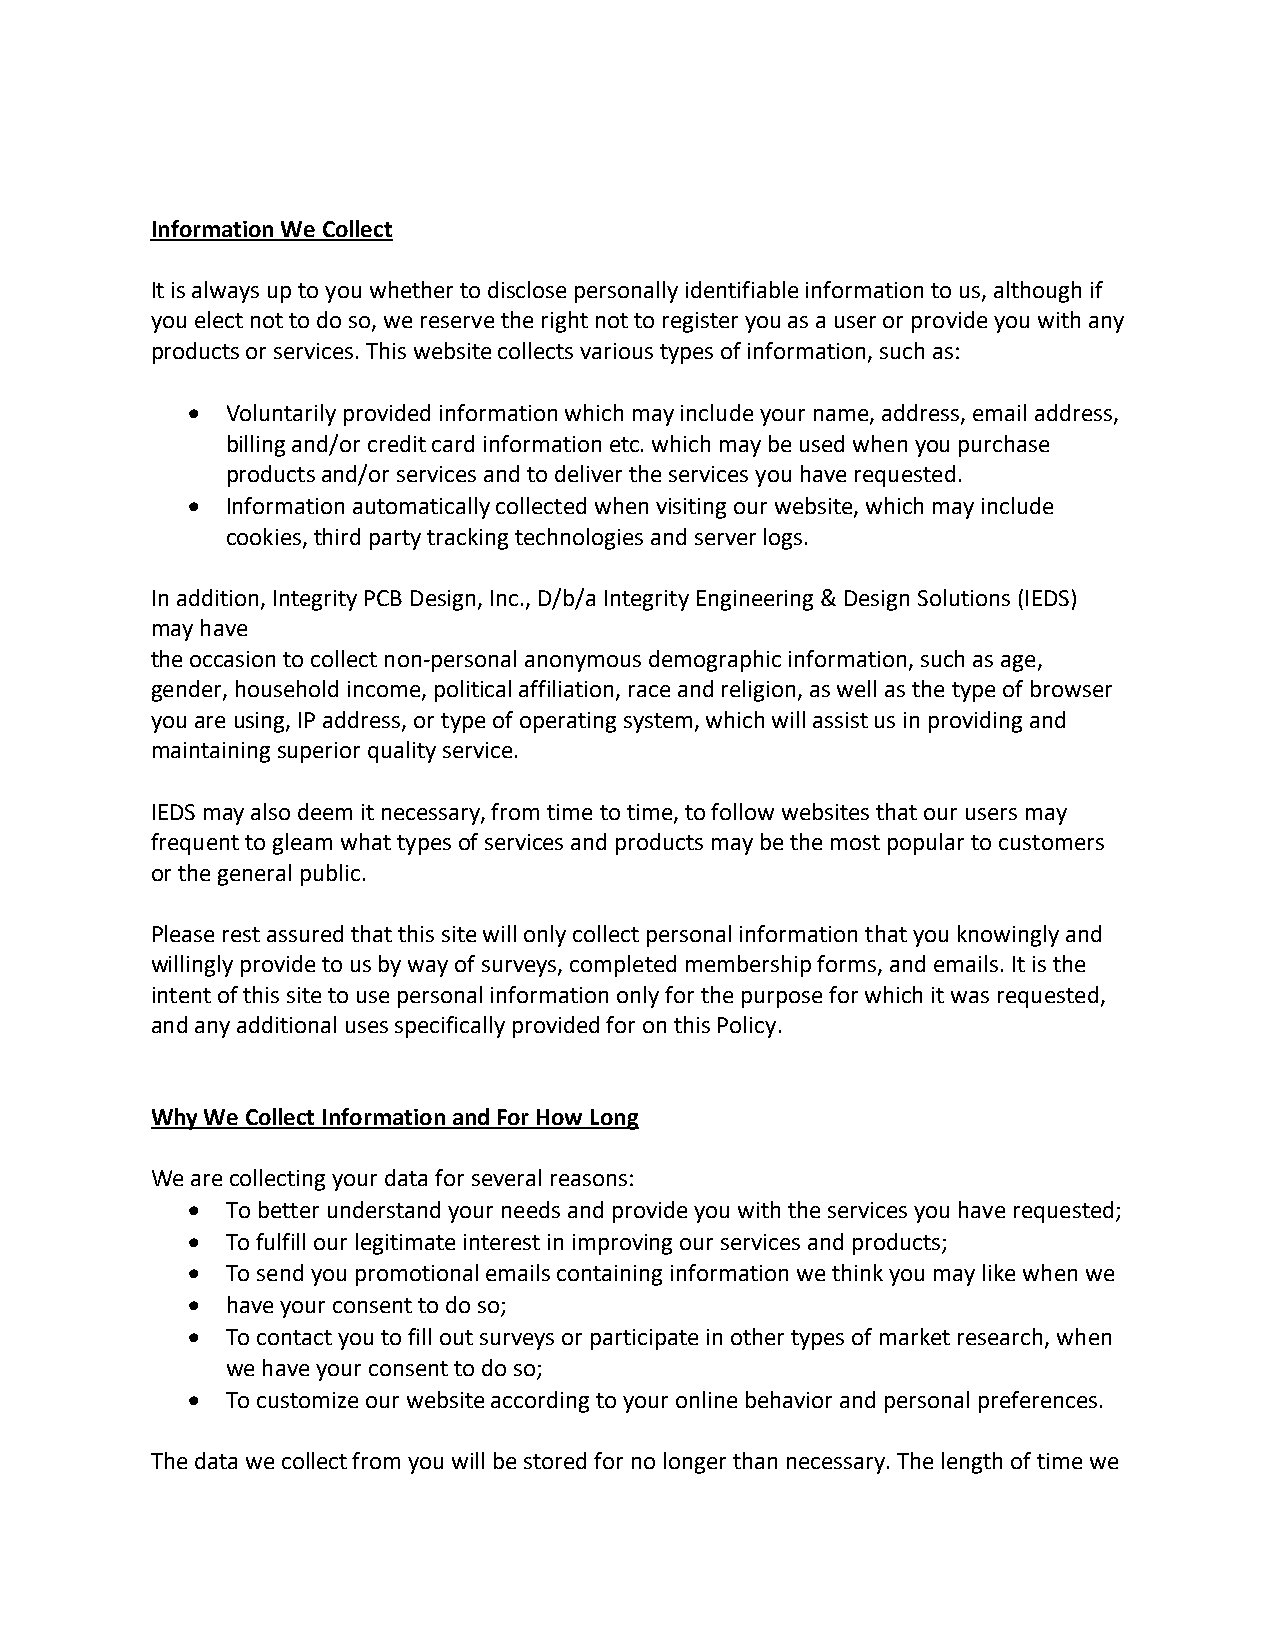
Information We Collect
 It is always up to you whether to disclose personally identifiable information to us, although if
 you elect not to do so, we reserve the right not to register you as a user or provide you with any
 products or services. This website collects various types of information, such as:
 •  Voluntarily provided information which may include your name, address, email address,
 billing and/or credit card information etc. which may be used when you purchase
 products and/or services and to deliver the services you have requested.
 •  Information automatically collected when visiting our website, which may include
 cookies, third party tracking technologies and server logs.
 In addition, Integrity PCB Design, Inc., D/b/a Integrity Engineering & Design Solutions (IEDS)
 may have
 the occasion to collect non-personal anonymous demographic information, such as age,
 gender, household income, political affiliation, race and religion, as well as the type of browser
 you are using, IP address, or type of operating system, which will assist us in providing and
 maintaining superior quality service.
 IEDS may also deem it necessary, from time to time, to follow websites that our users may
 frequent to gleam what types of services and products may be the most popular to customers
 or the general public.
 Please rest assured that this site will only collect personal information that you knowingly and
 willingly provide to us by way of surveys, completed membership forms, and emails. It is the
 intent of this site to use personal information only for the purpose for which it was requested,
 and any additional uses specifically provided for on this Policy.
 Why We Collect Information and For How Long
 We are collecting your data for several reasons:
 •  To better understand your needs and provide you with the services you have requested;
 •  To fulfill our legitimate interest in improving our services and products;
 •  To send you promotional emails containing information we think you may like when we
 •  have your consent to do so;
 •  To contact you to fill out surveys or participate in other types of market research, when
 we have your consent to do so;
 •  To customize our website according to your online behavior and personal preferences.
 The data we collect from you will be stored for no longer than necessary. The length of time we